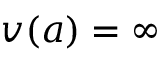
v ( a ) = \infty